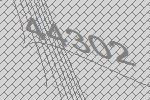
44302